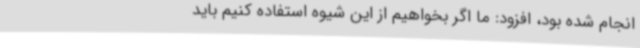
انجام شده بود، افزود: ما اگر بخواهیم از این شیوه استفاده کنیم باید